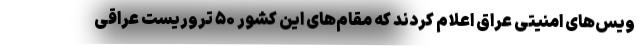
ویس‌های امنیتی عراق اعلام کردند که مقام‌های این کشور ۵۰ تروریست عراقی